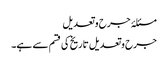
مسئلۂ جرح و تعدیل
جرح وتعدیل تاریخ کی قسم سے ہے۔